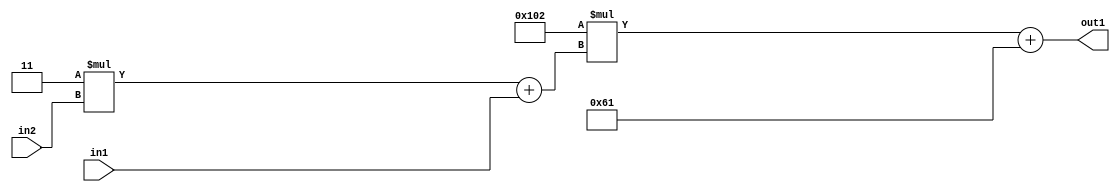
`timescale 1ps / 1ps
/*****************************************************************************
    Verilog RTL Description
    
    
    Created by: Stratus DpOpt 2019.1.01 
*******************************************************************************/

module DC_Filter_Add2i97Mul2i258Add2u1Mul2i3u2_1 (
	in2,
	in1,
	out1
	); /* architecture "behavioural" */ 
input [1:0] in2;
input  in1;
output [11:0] out1;
wire [11:0] asc001;
wire [3:0] asc002;

wire [3:0] asc002_tmp_0;
assign asc002_tmp_0 = 
	+(4'B0011 * in2);
assign asc002 = asc002_tmp_0
	+(in1);

wire [11:0] asc001_tmp_1;
assign asc001_tmp_1 = 
	+(12'B000100000010 * asc002);
assign asc001 = asc001_tmp_1
	+(12'B000001100001);

assign out1 = asc001;
endmodule

/* CADENCE  v7bzQww= : u9/ySgnWtBlWxVPRXgAZ4Og= ** DO NOT EDIT THIS LINE ******/